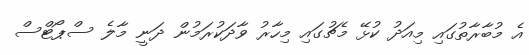
އެ މުބާރާތުގައި މިއަދު ކުޅޭ މެޗުގައި މިހާރު ވާދަކުރަމުން ދަނީ މާލެ ސްޕޯޓްސް